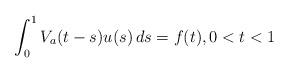
LaTeX: \begin{align*} \int_0^1 V_a (t-s) u(s) \, ds = f (t), 0 < t < 1\end{align*}